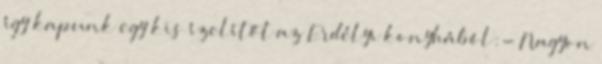
így kapunk egy kis ízelítőt az Erdélyi konyhából:- Nagyon